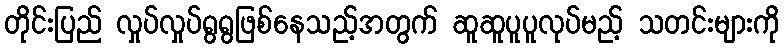
တိုင်းပြည် လှုပ်လှုပ်ရွရွဖြစ်နေသည့်အတွက် ဆူဆူပူပူလုပ်မည့် သတင်းများကို